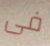
فى